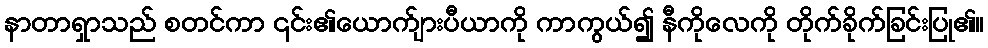
နာတာရှာသည် စတင်ကာ ၎င်း၏ယောက်ျားပီယာကို ကာကွယ်၍ နီကိုလေကို တိုက်ခိုက်ခြင်းပြု၏။